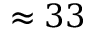
\approx 3 3